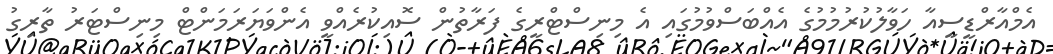
އެމްއާރްޑީސީއާ ހަވާލުކުރުމުމުގެ އެއްބަސްވުމުގައި އެ މިނިސްޓްރީގެ ފަރާތުން ސޮއިކުރެއްވީ އެންވަޔަރަމަންޓް މިނިސްޓަރު ތާރިގު